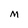
Character: M